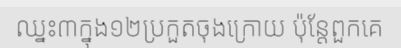
ឈ្នះ៣ក្នុង១២ប្រកួតចុងក្រោយ ប៉ុន្តែពួកគេ